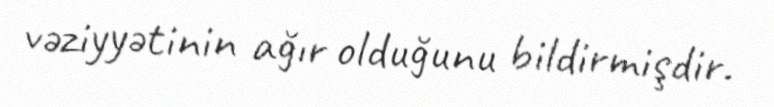
vəziyyətinin ağır olduğunu bildirmişdir.